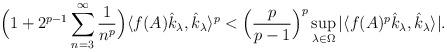
LaTeX: \begin{align*}\Big(1+ 2^{p-1}\displaystyle\sum_{n= 3}^{\infty}\frac{1}{n^p}\Big)\langle f(A)\hat{k}_\lambda, \hat{k}_\lambda \rangle^p< \Big(\frac{p}{p-1}\Big)^{p}\sup_{\lambda \in \Omega } |\langle f(A)^p\hat{k}_\lambda, \hat{k}_\lambda \rangle|.\end{align*}